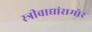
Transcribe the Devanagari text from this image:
स्त्रीवाद्यांसमोर